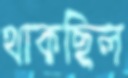
থাকছিল